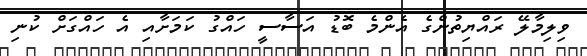
ވިލިމާލޭ ރައްޔިތުންގެ އެންމެ ބޮޑު އަސާސީ ހައްގު ކަމަށާއި އެ ހައްގަށް ކުނި